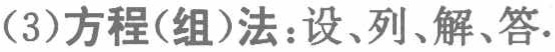
(3)方程(组)法：设、列、解、答.